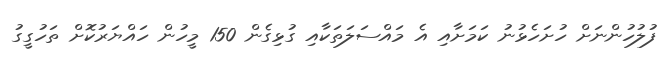
ފުލުހުންނަށް ހުށަހެޅުނު ކަމަށާއި އެ މައްސަލަތަކާއި ގުޅިގެން 150 މީހުން ހައްޔަރުކޮށް ތަހުގީގު